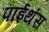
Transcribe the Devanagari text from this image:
पाईथंस